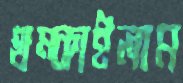
থম্‌কাইলাম